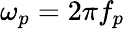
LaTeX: \omega_{p}=2\pi f_{p}